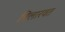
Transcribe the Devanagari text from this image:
विलारवत